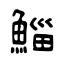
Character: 鯔